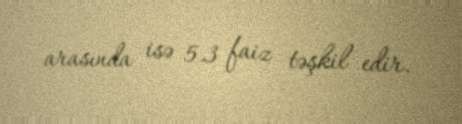
arasında isə 5.3 faiz təşkil edir.